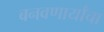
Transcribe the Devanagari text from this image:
बनवणार्यांचा